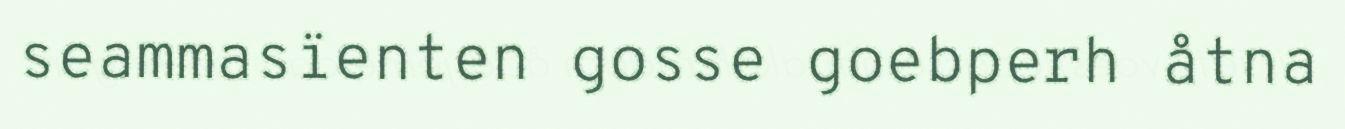
seammasïenten gosse goebperh åtna